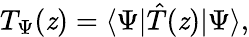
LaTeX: T_{\Psi}(\mathit{z})=\langle\Psi|\hat{{T}}(\mathit{z})|\Psi\rangle,